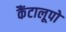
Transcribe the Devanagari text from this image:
कैंटालूपो